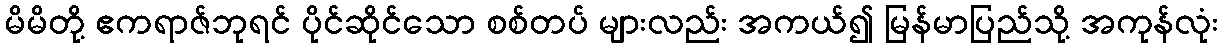
မိမိတို့ ဧကရာဇ်ဘုရင် ပိုင်ဆိုင်သော စစ်တပ် များလည်း အကယ်၍ မြန်မာပြည်သို့ အကုန်လုံး